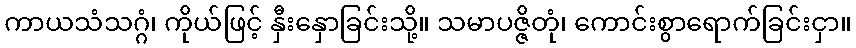
ကာယသံသဂ္ဂံ၊ ကိုယ်ဖြင့် နှီးနှောခြင်းသို့။ သမာပဇ္ဇိတုံ၊ ကောင်းစွာရောက်ခြင်းငှာ။